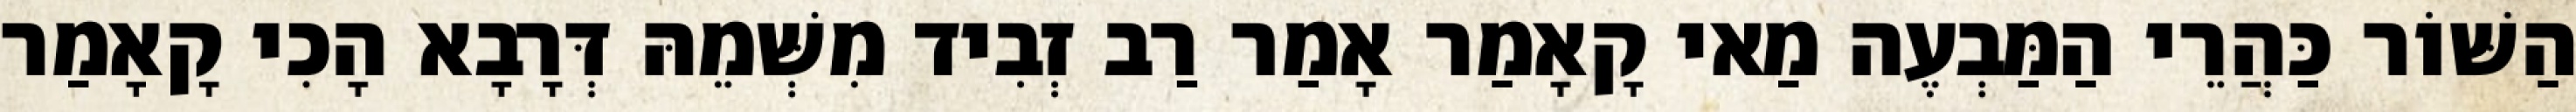
הַשּׁוֹר כַּהֲרֵי הַמַּבְעֶה מַאי קָאָמַר אָמַר רַב זְבִיד מִשְּׁמֵהּ דְּרָבָא הָכִי קָאָמַר